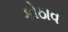
કોઠાવ